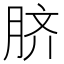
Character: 脐